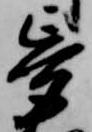
夢